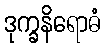
ဒုက္ခနိရောဓံ